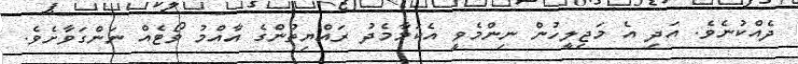
ދެއްކުނެވެ. އަދި އެ މަޖިލީހުން ނިންމެވީ އެކަމާމެދު ރައްޔިތުންގެ އާއްމު ވޯޓެއް ނަންގަވާށެވެ.